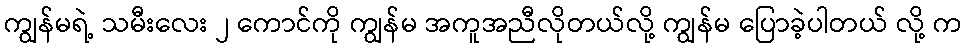
ကျွန်မရဲ့ သမီးလေး ၂ ကောင်ကို ကျွန်မ အကူအညီလိုတယ်လို့ ကျွန်မ ပြောခဲ့ပါတယ် လို့ က